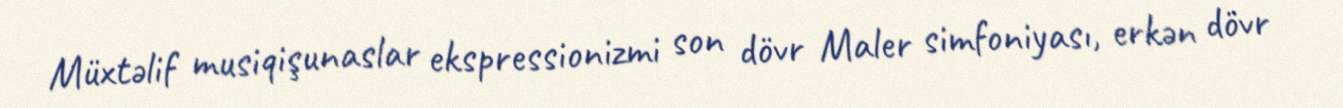
Müxtəlif musiqişunaslar ekspressionizmi son dövr Maler simfoniyası, erkən dövr